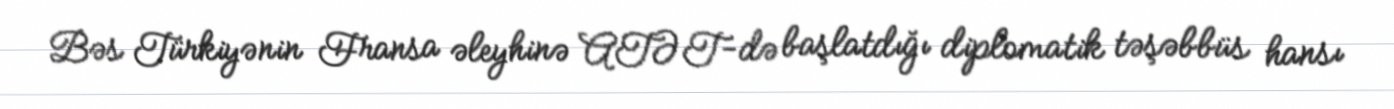
Bəs Türkiyənin Fransa əleyhinə ATƏT-də başlatdığı diplomatik təşəbbüs hansı